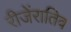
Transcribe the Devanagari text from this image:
रीजेंरातिव